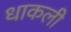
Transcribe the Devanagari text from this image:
धाकली